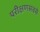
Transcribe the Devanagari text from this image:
परीक्षणसबसे